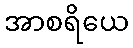
အာစရိယေ